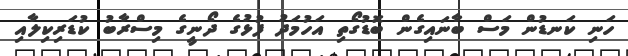
ހަނި ކަނޑުން މަސް ބާނައިގެން ބޮޑުގޯތި އަހުމަދު ފުޅުގެ ދޯނީގެ މިސްރާބު ކުޑަރިކިލާއި